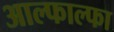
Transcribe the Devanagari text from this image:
आल्फाल्फा